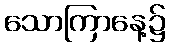
သောကြာနေ့၌